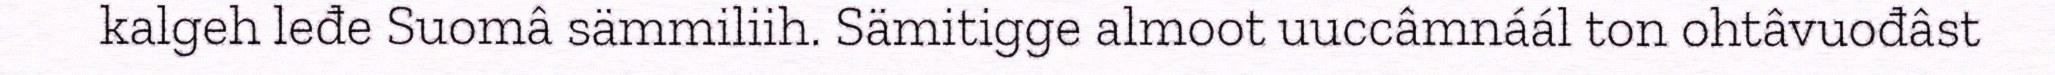
kalgeh leđe Suomâ sämmiliih. Sämitigge almoot uuccâmnáál ton ohtâvuođâst